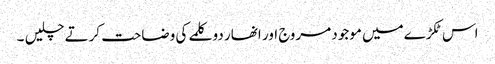
اس ٹکڑےمیں موجود مروج اور انھار دو کلمے کی وضاحت کرتے چلیں ۔